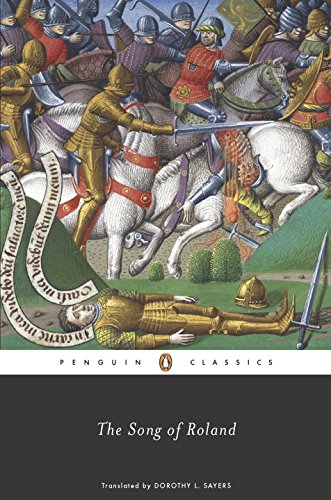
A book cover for The Song of Roland; Literature & Fiction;